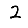
Digit: 2